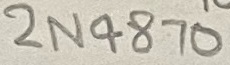
Text: 2N4870